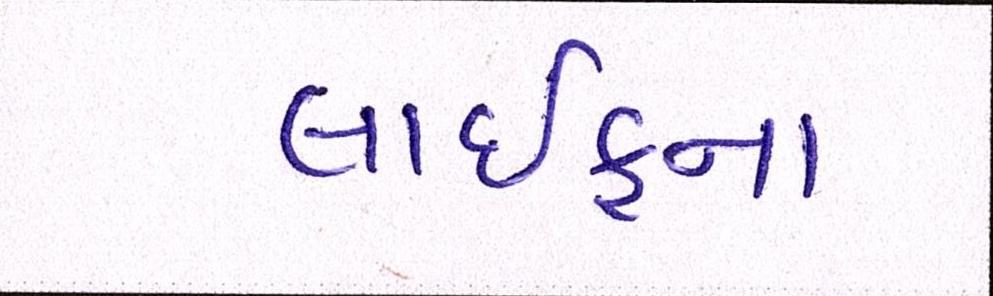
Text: લાઈફના